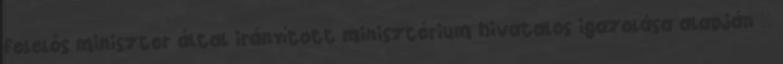
felelős miniszter által irányított minisztérium hivatalos igazolása alapján –